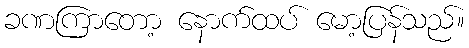
ခဏကြာတော့ နောက်ထပ် မော့ပြန်သည်။